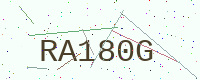
Text: RA180G